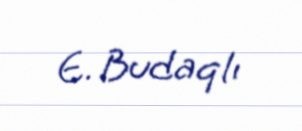
E. Budaqlı